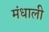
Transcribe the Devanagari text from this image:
मंधाली